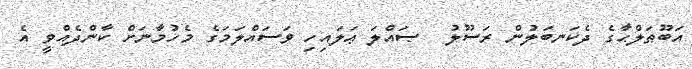
އަބޫޠަލްޙާގެ ދެކަނބަލުން ރަސޫލު  ޞައްލަ ޢަލައިހި ވަސައްލަމަގެ މެހުމާނަށް ކާންދެއްވީ އެ